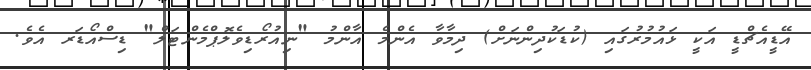
އޭޑީއެޗްޑީ އަކީ ޅައުމުރުގައި (ކުޑަކުދިންނަށް) ދިމާވާ އެންމެ އާންމު "ނިއުރޯޑިވެލޮޕްމެންޓަލް" ޑިސްއޯޑަރ އެވެ.